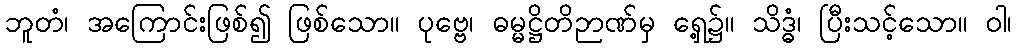
ဘူတံ၊ အကြောင်းဖြစ်၍ ဖြစ်သော။ ပုဗ္ဗေ၊ ဓမ္မဋ္ဌိတိဉာဏ်မှ ရှေ့၌။ သိဒ္ဓံ၊ ပြီးသင့်သော။ ဝါ၊